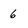
Character: 6